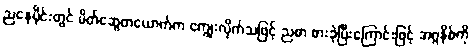
ညနေပိုင်းတွင် မိတ်ဆွေတယောက်က ကျွေးလိုက်သဖြင့် ညစာ စားခဲ့ပြီးကြောင်းဖြင့် အဂ္ဂနိစ်ကို